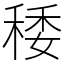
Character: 䅗